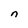
Character: n